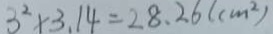
3 ^ { 2 } \times 3 . 1 4 = 2 8 . 2 6 ( c m ^ { 2 } )